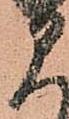
に